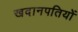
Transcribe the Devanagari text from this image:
खदानपतियों